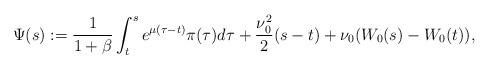
LaTeX: \begin{align*}\Psi(s) := \frac{1}{1+\beta}\int_t^s e^{\mu(\tau-t)}\pi(\tau)d\tau + \frac{\nu_0^2}{2}(s-t) + \nu_0(W_0(s)-W_0(t)),\end{align*}